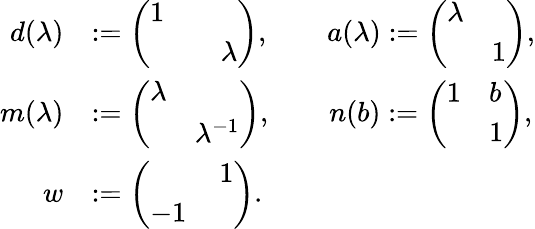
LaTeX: \begin{array}{rl}{d(\lambda)}&{:=\left(\begin{array}{ll}{1}&\\ &{\quad\lambda}\end{array}\right),\qquad a(\lambda):=\left(\begin{array}{ll}{\lambda}&\\ &{1}\end{array}\right),}\\ {m(\lambda)}&{:=\left(\begin{array}{ll}{\lambda}&\\ &{\lambda^{-1}}\end{array}\right),\qquad n(b):=\left(\begin{array}{ll}{1}&{b}\\ &{1}\end{array}\right),}\\ {w}&{:=\left(\begin{array}{ll}&{\, 1}\\ {-1}&\end{array}\right).}\end{array}